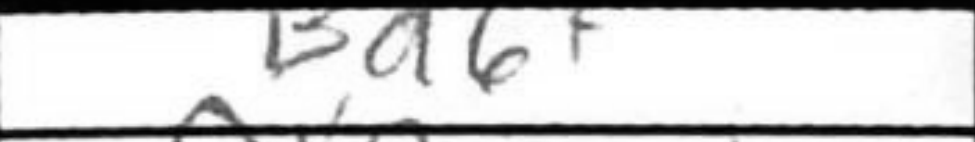
Transcription: Ba6+